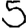
Digit: 5